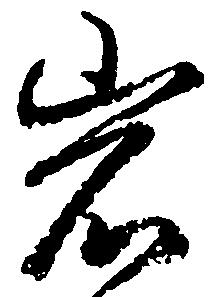
岩